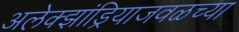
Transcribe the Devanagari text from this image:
अलेक्झांड्रियाजवळच्या